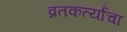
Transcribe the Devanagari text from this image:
व्रतकर्त्यांचा